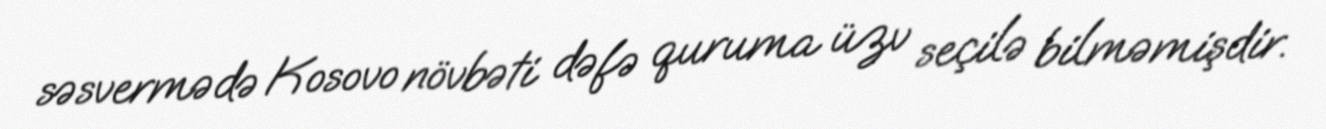
səsvermədə Kosovo növbəti dəfə quruma üzv seçilə bilməmişdir.